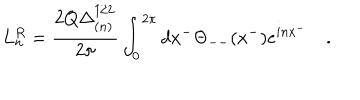
LaTeX: L _ { n } ^ { R } = \frac { 2 Q \Delta _ { ( n ) } ^ { 1 / 2 } } { 2 \pi } \int _ { 0 } ^ { 2 \pi } d x ^ { - } \Theta _ { -- } ( x ^ { - } ) e ^ { i n x ^ { - } } \quad .